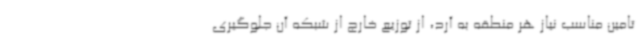
تامین مناسب نیاز هر منطقه به آرد، از توزیع خارج از شبکه آن جلوگیری